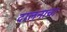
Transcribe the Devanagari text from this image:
दालनाचा